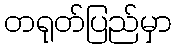
တရုတ်ပြည်မှာ